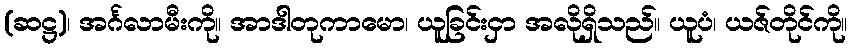
(ဆဋ္ဌ)၊ အင်္ဂလာမီးကို။ အာဒါတုကာမော၊ ယူခြင်းငှာ အလိုရှိသည်။ ယူပံ၊ ယဇ်တိုင်ကို။